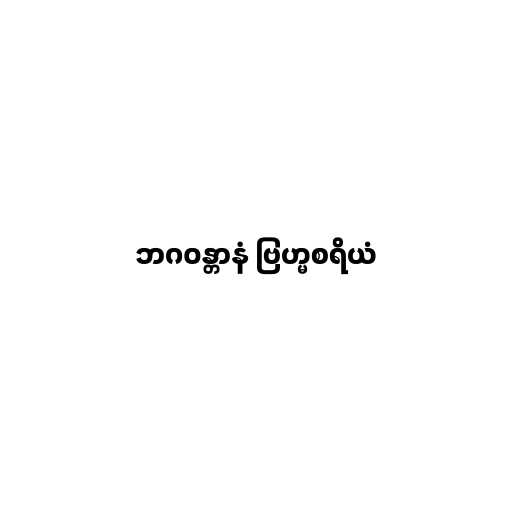
ဘဂဝန္တာနံ ဗြဟ္မစရိယံ